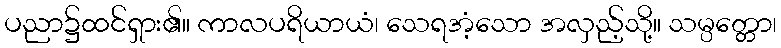
ပညာ၌ထင်ရှား၏။ ကာလပရိယာယံ၊ သေရအံ့သော အလှည့်သို့။ သမ္ပတ္တော၊